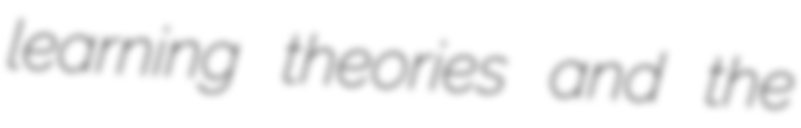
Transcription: learning theories and the